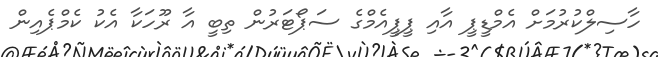
ހާސިލްކުރުމަށް އެމްޑީޕީ އާއި ޕީޕީއެމްގެ ސަޕޯޓަރުން ތިބީ އާ ރޫހަކާ އެކު ކެމްޕެއިން